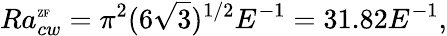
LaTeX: Ra_{cw}^{\mathrm{\tiny{ZF}}}=\pi^{2}(6\sqrt{3})^{1/2}E^{-1}=31.82E^{-1},